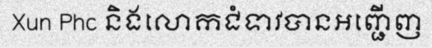
Xun Phc និងលោកជំទាវបានអញ្ជើញ